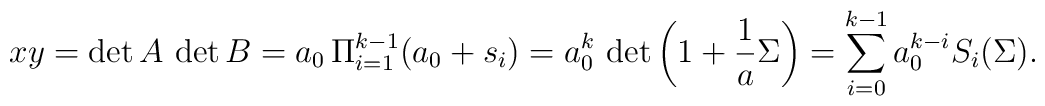
xy=\det A \, \det B=a_0\, \Pi_{i=1}^{k-1}(a_0+s_i)=a_0^k\,\det \left(1+{1\over a}\Sigma\right)=\sum_{i=0}^{k-1}a_0^{k-i}S_i(\Sigma).